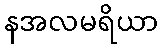
နအလမရိယာ